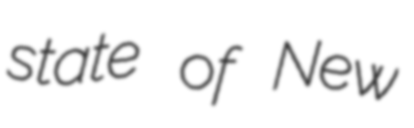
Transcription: state of New